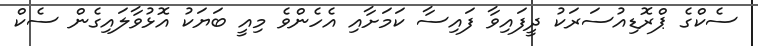
ސެކްގެ ޕްރޮޑިއުސަރަކު ދީފައިވާ ފައިސާ ކަމަށާއި އެހެންވެ މިއީ ބަޔަކު އޮޅުވާލައިގެން ސެކް